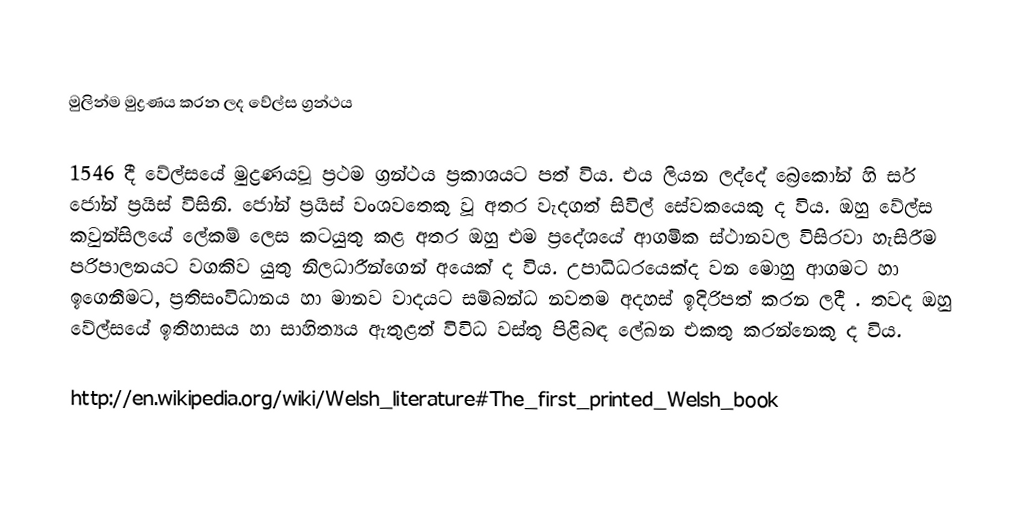

මුලින්ම මුද්‍රණය කරන ලද වේල්ස ග්‍රන්ථය

1546 දී වේල්සයේ මුද්‍රණයවූ ප්‍රථම ග්‍රන්ථය ප්‍රකාශයට පත් විය. එය ලියන ලද්දේ බ්‍රෙකෝන් හි සර් ජෝන් ප්‍රයිස් විසිනි. ජෝන් ප්‍රයිස්  වංශවතෙකු වූ අතර වැදගත් සිවිල් සේවකයෙකු ද විය. ඔහු වේල්ස කවුන්සිලයේ ලේකම් ලෙස කටයුතු කළ අතර ඔහු එම ප්‍රදේශයේ ආගමික ස්ථානවල විසිරවා හැසිරීම පරිපාලනයට වගකිව යුතු නිලධාරීන්ගෙන් අයෙක් ද විය. උපාධිධරයෙක්ද වන මොහු ආගමට හා ඉගෙනීමට, ප්‍රතිසංවිධානය හා මානව වාදයට සම්බන්ධ නවතම අදහස් ඉදිරිපත් කරන ලදී . තවද ඔහු වේල්සයේ ඉතිහාසය හා සාහිත්‍යය ඇතුළත් විවිධ වස්තු පිළිබඳ ලේඛන එකතු කරන්නෙකු ද විය.

http://en.wikipedia.org/wiki/Welsh_literature#The_first_printed_Welsh_book